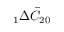
\phantom { } _ { 1 } \Delta \bar { C } _ { 2 0 }